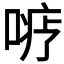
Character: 𪡦